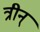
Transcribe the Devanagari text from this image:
त्रीन्